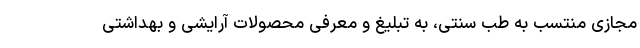
مجازی منتسب به طب‌ سنتی، به تبلیغ و معرفی محصولات آرایشی و بهداشتی